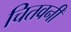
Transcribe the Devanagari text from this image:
चितवनी